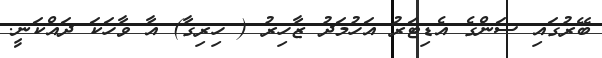
ބޭރުގައި ސަންގެ އެޑިޓަރު އަހުމަދު ޒާހިރު ( ހިރިގާ) އާ ވާހަކަ ދައްކަނީ.